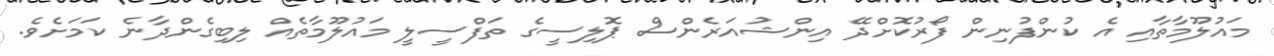
މައުލޫމާތާއި އެ ކުންފުނިން ފޯރުކޮށްދޭ އިންޝުއަރެންސް ޕޮލިސީގެ ތަފްސީލީ މައުލޫމާތެއް ލިބިގެންދާނެ ކަމަށެވެ.